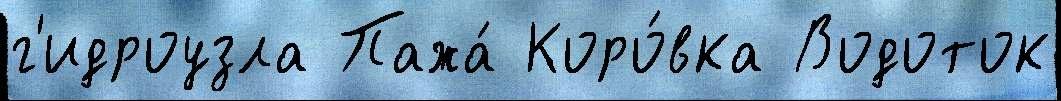
г'идроузла Пажа́ Коро́вка Водоток